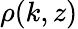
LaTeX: \rho(k,z)